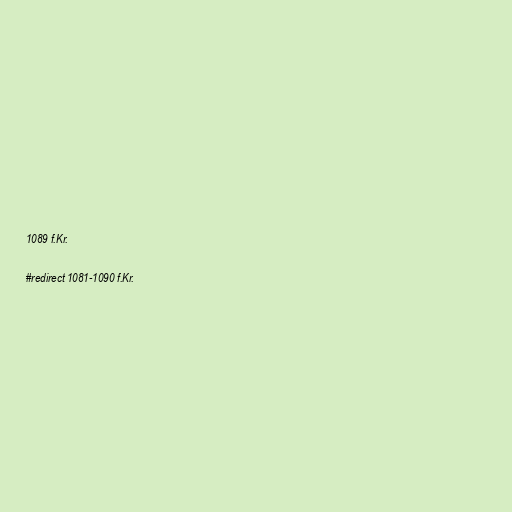
1089 f.Kr.

#redirect 1081-1090 f.Kr.